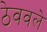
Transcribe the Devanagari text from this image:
ठेववले